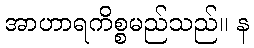
အာဟာရကိစ္စမည်သည်။ န